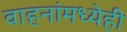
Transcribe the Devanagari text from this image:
वाहनांमध्येही